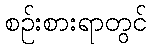
စဉ်းစားရာတွင်